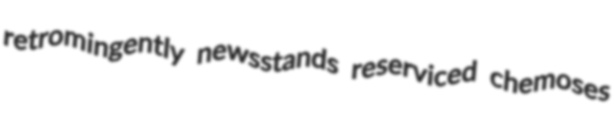
retromingently newsstands reserviced chemoses